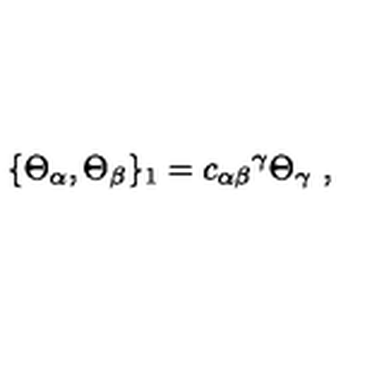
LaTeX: \{ \Theta _ { \alpha } , \Theta _ { \beta } \} _ { 1 } = { c _ { \alpha \beta } } ^ { \gamma } \Theta _ { \gamma } \ ,